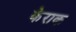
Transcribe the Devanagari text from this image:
केराक